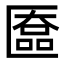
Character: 匲